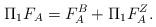
LaTeX: \begin{align*}\Pi_1F_A = F_A^B + \Pi_1F_A^Z.\end{align*}